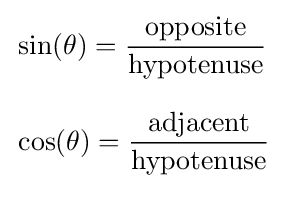
{\begin{aligned}&\sin(\theta )={\frac {\textrm {opposite}}{\textrm {hypotenuse}}}\\[8pt]&\cos(\theta )={\frac {\textrm {adjacent}}{\textrm {hypotenuse}}}\\[8pt]\end{aligned}}